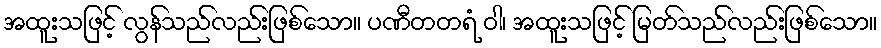
အထူးသဖြင့် လွန်သည်လည်းဖြစ်သော။ ပဏီတတရံ ဝါ၊ အထူးသဖြင့် မြတ်သည်လည်းဖြစ်သော။